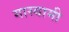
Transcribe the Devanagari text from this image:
गास्वामी